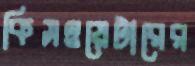
কিসওয়েটারের